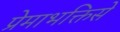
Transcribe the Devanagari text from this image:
प्रेमाभक्तिसे